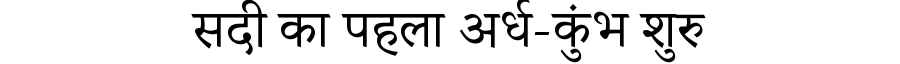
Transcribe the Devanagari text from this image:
सदी का पहला अर्ध-कुंभ शुरु